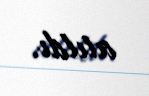
atıldı.